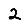
Digit: 2